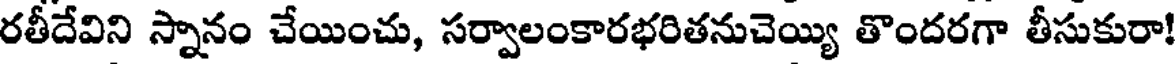
రతీదేవిని స్నానం చేయించు, సర్వాలంకారభరితనుచెయ్యి తొందరగా తీసుకురా!